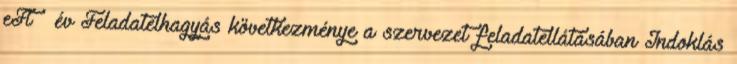
eFt év Feladatelhagyás következménye a szervezet feladatellátásában Indoklás